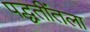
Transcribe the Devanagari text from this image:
पद्धतींतला